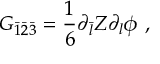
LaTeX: G _ { \bar { 1 } \bar { 2 } \bar { 3 } } = \frac { 1 } { 6 } \partial _ { \bar { l } } Z \partial _ { l } \phi \ ,